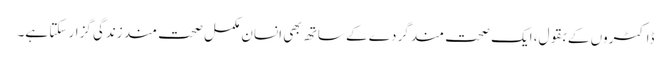
ڈاکٹروں کے بقول، ایک صحت مند گردے کے ساتھ بھی انسان مکمل صحت مند زندگی گزار سکتا ہے۔